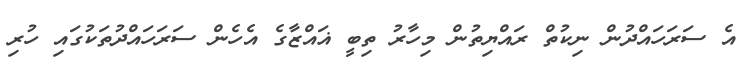
އެ ސަރަަހައްދުން ނިކުތް ރައްޔިތުން މިހާރު ތިބީ ޣައްޒާގެ އެހެން ސަރަހައްދުތަކުގައި ހުރި